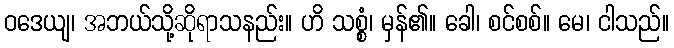
ဝဒေယျ၊ အဘယ်သို့ဆိုရာသနည်း။ ဟိ သစ္စံ၊ မှန်၏။ ခေါ၊ စင်စစ်။ မေ၊ ငါသည်။